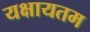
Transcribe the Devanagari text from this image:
यक्षायतम